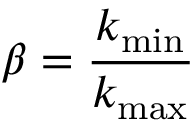
\beta = \frac { k _ { \mathrm { m i n } } } { k _ { \mathrm { m a x } } }